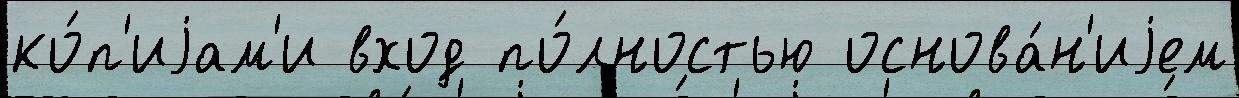
ко́п'иjам'и вход по́лностью основа́н'иjем